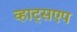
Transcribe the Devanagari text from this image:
व्हाट्सएप